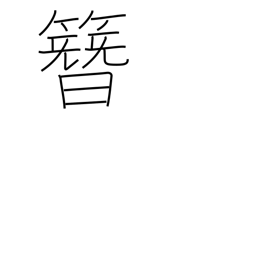
Meaning: ornamental hairpin